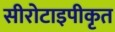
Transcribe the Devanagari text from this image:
सीरोटाइपीकृत